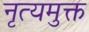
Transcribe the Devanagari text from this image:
नृत्यमुक्त